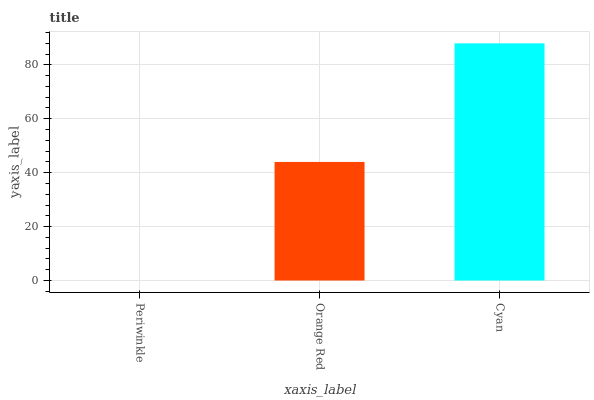
| xaxis_label | bars |
 | --- | --- |
 | Periwinkle | 0 |
 | Orange Red | 44 |
 | Cyan | 88 |